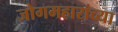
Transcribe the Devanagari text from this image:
जोगमहारांच्या